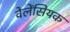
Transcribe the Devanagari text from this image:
वेलेंसियक